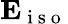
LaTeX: \mathbf{E}_{\mathrm{~i~s~o~}}